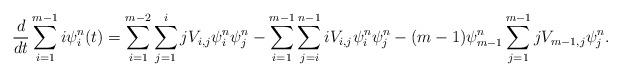
LaTeX: \begin{align*}\frac{d}{dt}\sum_{i=1}^{m-1} i\psi^{n}_i(t)=\sum_{i=1}^{m-2}\sum_{j=1}^{i} jV_{i,j}\psi^{n}_{i}\psi^{n}_{j}-\sum_{i=1}^{m-1}\sum_{j=i}^{n-1}iV_{i,j}\psi^{n}_i \psi^{n}_j-(m-1)\psi^{n}_{m-1}\sum_{j=1}^{m-1}jV_{m-1,j}\psi^{n}_j.\end{align*}